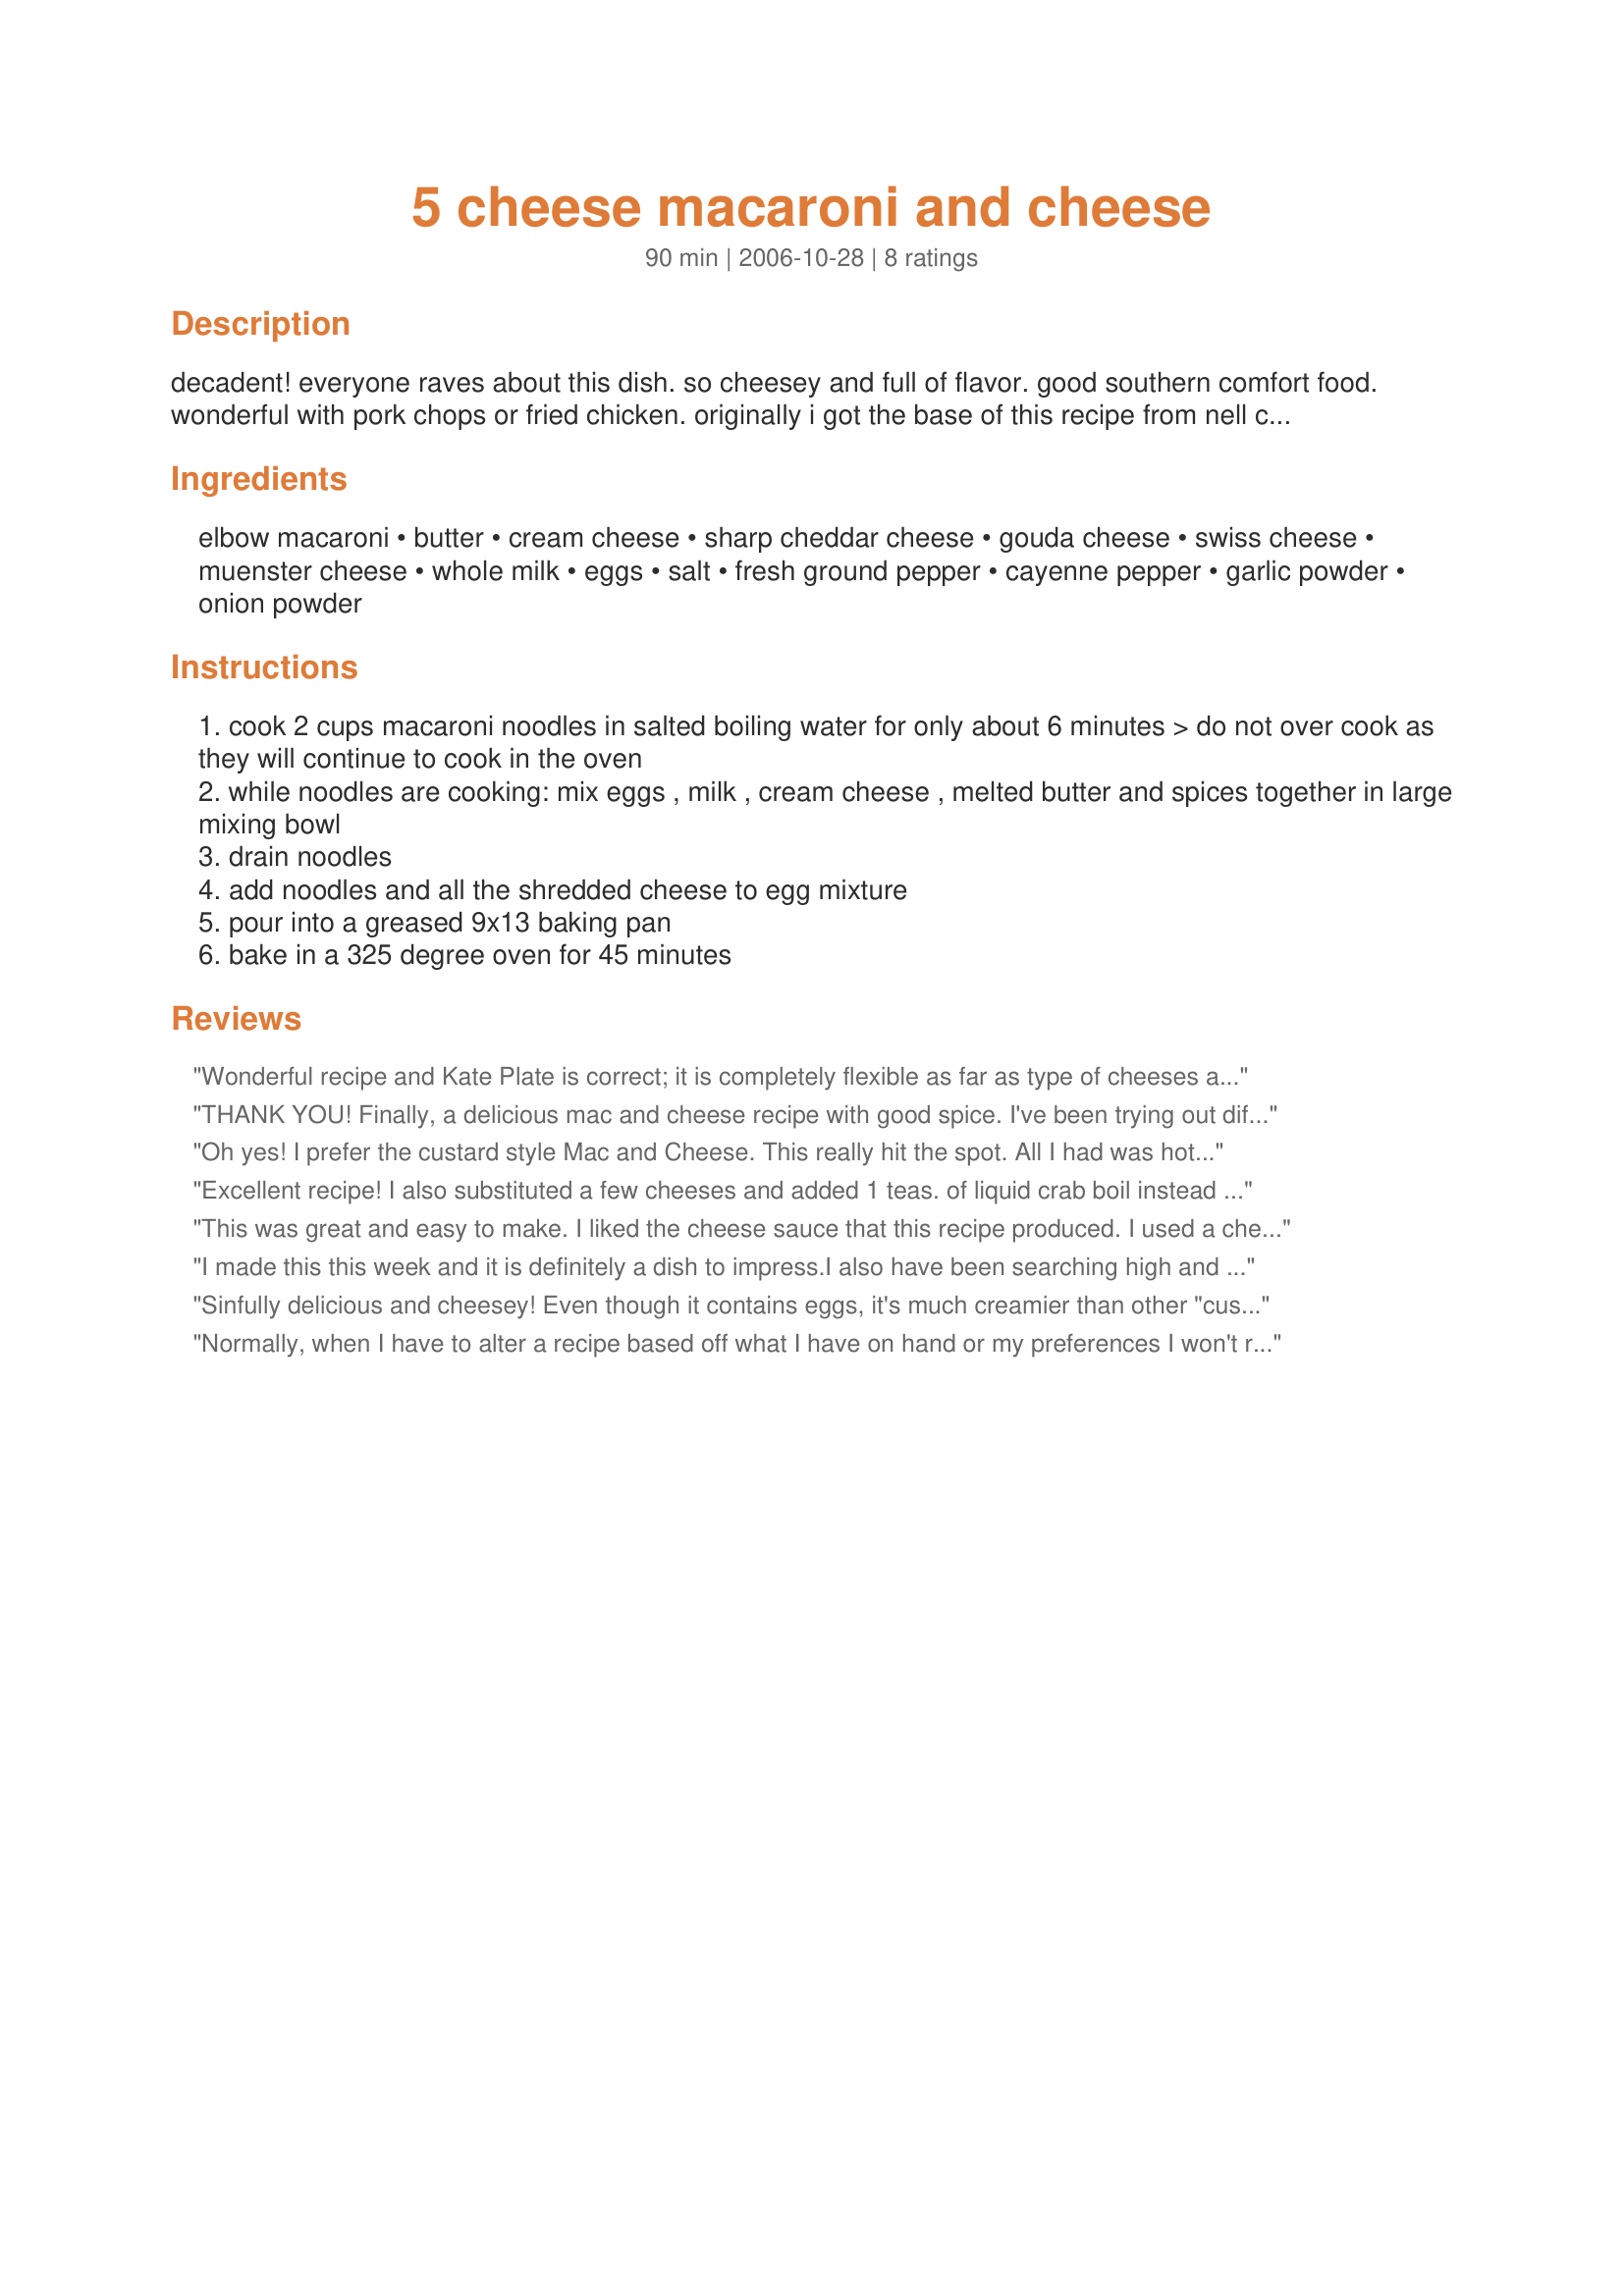
5 cheese macaroni and cheese
Preparation time: 90 minutes

decadent! everyone raves about this dish. so cheesey and full of flavor. good southern comfort food. wonderful with pork chops or fried chicken. originally i got the base of this recipe from nell carter on some tv show. i had to spice it up a bit.

Ingredients:
elbow macaroni, butter, cream cheese, sharp cheddar cheese, gouda cheese, swiss cheese, muenster cheese, whole milk, eggs, salt, fresh ground pepper, cayenne pepper, garlic powder, onion powder

Steps:
cook 2 cups macaroni noodles in salted boiling water for only about 6 minutes > do not over cook as they will continue to cook in the oven
while noodles are cooking: mix eggs , milk , cream cheese , melted butter and spices together in large mixing bowl
drain noodles
add noodles and all the shredded cheese to egg mixture
pour into a greased 9x13 baking pan
bake in a 325 degree oven for 45 minutes

Reviews:
Wonderful recipe and Kate Plate is correct; it is completely flexible as far as type of cheeses and adjustment... I substituted goat cheese for swiss and did one additional cup of cheddar instead of the Muenster. Also, an AWESOME addition: I heated three tablespoons of butter in a pan, and added 3/4 cup breadcrumbs along with 1/2 cup finely chopped onion, and four minced garlic gloves until all were nicely browned. I sprinkled the crumb combo over the mac 'n cheese before baking. The nice crunch and garlic made a good recipe great. After it was prepared and on the table, I drizzled a little bit of truffle oil over it - WOW. DELISH... Heads up; I made this for my boyfriend and myself and it was WAY more than enough - really does fill a 9 x 13. With a side, this could probably feed four with everyone having seconds. Keeping this one!
THANK YOU! Finally, a delicious mac and cheese recipe with good spice. I've been trying out different recipes and I think my boyfriend was about to ban me from trying anymore because there was either too much pepper, it was too bland or just plain bad ... but this recipe ... FINALLY! I did it! I made a delicious mac and cheese that he loves. I've made it three times in the last month and a half. I'm hooked. The only tiny change I made was a little more garlic powder because we like it, but otherwise, perfect just the way it is.
Oh yes! I prefer the custard style Mac and Cheese. This really hit the spot. All I had was hot pepper monteray jack so I used this in place of the munster. I use swiss and extra sharp cheddar alone with a bag of mixed melting cheese. This was very good. I had it for the main dish instead of a side. Too good to just be a side.
Excellent recipe! I also substituted a few cheeses and added 1 teas. of liquid crab boil instead of the cayenne pepper. That spiced it up perfectly.
This was great and easy to make. I liked the cheese sauce that this recipe produced. I used a cheddar that had garlic in it, so there was quite the garlicky touch (which I like). The only other change I made was to sprinkle some breadcrumbs on top. Thank you!
I made this this week and it is definitely a dish to impress.I also have been searching high and low for a great mac and cheese recipe and this is definitely IT!!! Cannot wait to make w/ some BBQ ribs. This is also GREAT left over. Everyone who tried it has raved!!! And they 'only' had it left over. Followed recipe exact, I do PACK my measuring cups, even a bit rounded because we love cheese! THX, THX, THX!!!!!!
Sinfully delicious and cheesey! Even though it contains eggs, it's much creamier than other "custard-style" mac & cheese recipes. Lots of flavor, too. I used fresh minced onions rather than powder, otherwise made this as written. This recipe is a keeper! Thanx so much for posting this!
Normally, when I have to alter a recipe based off what I have on hand or my preferences I won't rate it; however, I have been searching for a mac and cheese recipe with real flavor for so long that I wouldn't want this one to go unnoticed!! I followed all directions and quantities with the exception of the types of cheese which is why I feel this is such a great flexible recipe!! I didn't have any muenster and I don't like swiss cheese so I added additional cheddar, velveeta and a little parmesan to equal the 5 cups cheese required. The spice quantities are right on....I was tempted to add more seasonings since the recipes I have tried in the past have been bland but I'm glad I stuck to it!! I also thought the amount of pasta seemed scant for the amount of sauce since it looked like it was drowning so I added an additonal cup of cooked pasta and after tasting see that the amount called for was perfet even though my own results were AWESOME!! This is a great recipe because not only am I sure it tastes great as is, but I can be the official guinea pig that cheese substituions can be made and it will still be the best tasting mac and cheese I have found!!
